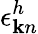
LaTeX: \epsilon_{{\mathbf k}n}^{h}